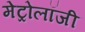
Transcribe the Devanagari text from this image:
मेट्रोलॉजी